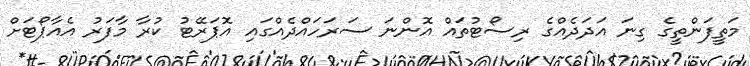
މަތީފަންތީގެ ގިނަ އަދަދެއްގެ ރިސޯޓުތައް އޮންނަ ސަރަހައްދެއްގައި އޮޕަރޭޓު ކުރާ މާފަރު އެއާޕޯޓަށް